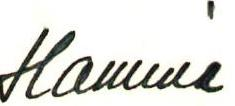
Hamina